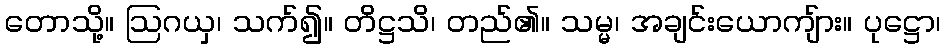
တောသို့။ ဩဂယှ၊ သက်၍။ တိဋ္ဌသိ၊ တည်၏။ သမ္မ၊ အချင်းယောကျ်ား။ ပုဋ္ဌော၊